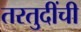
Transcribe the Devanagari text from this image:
तरतुदींची